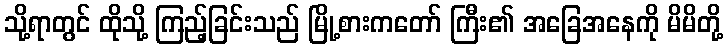
သို့ရာတွင် ထိုသို့ ကြည့်ခြင်းသည် မြို့စားကတော် ကြီး၏ အခြေအနေကို မိမိတို့